Annual administration report of the Civil Veterinary Department of India - 1893-1894
Year: 1893
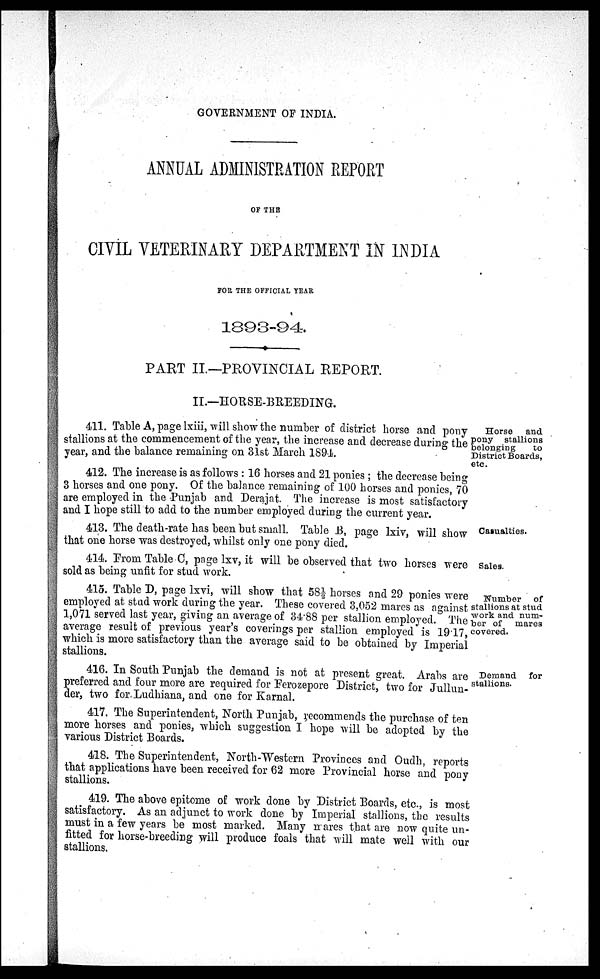
GOVERNMENT OF INDIA.
ANNUAL ADMINISTRATION REPORT
OF THE
CIVIL VETERINARY DEPARTMENT IN INDIA
FOR THE OFFICIAL YEAR
1893-94.
PART II.—PROVINCIAL REPORT.
II.—HORSE-BREEDING.
Horse and
pony stallions
belonging
to
District Boards,
etc.
411. Table A, page lxiii, will show the number of district horse and pony
stallions at the commencement of the year, the increase and decrease during the
year, and the balance remaining on 31st March 1894.
412. The increase is as follows: 16 horses and 21 ponies; the decrease being
3 horses and one pony. Of the balance remaining of 100 horses and ponies, 70
are employed in the Punjab and Derajat. The increase is most satisfactory
and I hope still to add to the number employed during the current year.
Casualties.
413. The death-rate has been but small. Table B, page lxiv, will show
that one horse was destroyed, whilst only one pony died.
Sales.
414. From Table C, page lxv, it will be observed that two horses were
sold as being unfit for stud work.
Number of
stallions at stud
work and num-
ber of mares
covered.
415. Table D, page lxvi, will show that 58½ horses and 29 ponies were
employed at stud work during the year. These covered 3,052 mares as against
1,071 served last year, giving an average of 34.88 per stallion employed. The
average result of previous year's coverings per stallion employed is 1917,
which is more satisfactory than the average said to be obtained by Imperial
stallions.
Demand for
stallions.
416. In South Punjab the demand is not at present great. Arabs are
preferred and four more are required for Ferozepore District, two for Jullun-
der, two for Ludhiana, and one for Karnal.
417. The Superintendent, North Punjab, recommends the purchase of ten
more horses and ponies, which suggestion I hope will be adopted by the
various District Boards.
418. The Superintendent, North-Western Provinces and Oudh, reports
that applications have been received for 62 more Provincial horse and pony
stallions.
419. The above epitome of work done by District Boards, etc., is most
satisfactory. As an adjunct to work done by Imperial stallions, the results
must in a few years be most marked. Many mares that are now quite un-
fitted for horse-breeding will produce foals that will mate well with our
stallions.